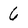
Character: 6